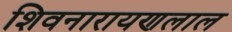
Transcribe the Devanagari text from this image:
शिवनारायणलाल